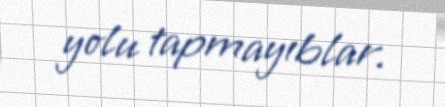
yolu tapmayıblar.